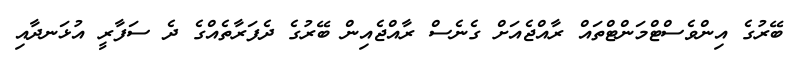
ބޭރުގެ އިންވެސްޓްމަންޓްތައް ރާއްޖެއަށް ގެނެސް ރާއްޖެއިން ބޭރުގެ ދެފަރާތެއްގެ ދެ ސަފާރީ އުޅަނދާއި